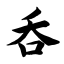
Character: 吞